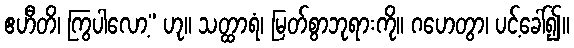
ဧဟီတိ၊ ကြွပါလော့” ဟု။ သတ္ထာရံ၊ မြတ်စွာဘုရားကို။ ဂဟေတွာ၊ ပင့်ခေါ်၍။